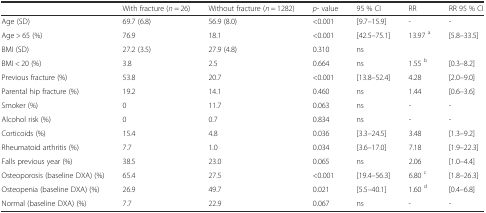
<table><thead><tr><td></td><td><b>With fracture (<i>n</i> = 26)</b></td><td><b>Without fracture (<i>n</i> = 1282)</b></td><td><b><i>p</i>- value</b></td><td><b>95 % CI</b></td><td><b>RR</b></td><td><b>RR 95 % CI</b></td></tr></thead><tbody><tr><td>Age (SD)</td><td>69.7 (6.8)</td><td>56.9 (8.0)</td><td>&lt;0.001</td><td>[9.7–15.9]</td><td>-</td><td>-</td></tr><tr><td>Age &gt; 65 (%)</td><td>76.9</td><td>18.1</td><td>&lt;0.001</td><td>[42.5–75.1]</td><td>13.97 <sup>a</sup></td><td>[5.8–33.5]</td></tr><tr><td>BMI (SD)</td><td>27.2 (3.5)</td><td>27.9 (4.8)</td><td>0.310</td><td>ns</td><td></td><td></td></tr><tr><td>BMI &lt; 20 (%)</td><td>3.8</td><td>2.5</td><td>0.664</td><td>ns</td><td>1.55 <sup>b</sup></td><td>[0.3–8.2]</td></tr><tr><td>Previous fracture (%)</td><td>53.8</td><td>20.7</td><td>&lt;0.001</td><td>[13.8–52.4]</td><td>4.28</td><td>[2.0–9.0]</td></tr><tr><td>Parental hip fracture (%)</td><td>19.2</td><td>14.1</td><td>0.460</td><td>ns</td><td>1.44</td><td>[0.6–3.6]</td></tr><tr><td>Smoker (%)</td><td>0</td><td>11.7</td><td>0.063</td><td>ns</td><td>-</td><td>-</td></tr><tr><td>Alcohol risk (%)</td><td>0</td><td>0.7</td><td>0.834</td><td>ns</td><td>-</td><td>-</td></tr><tr><td>Corticoids (%)</td><td>15.4</td><td>4.8</td><td>0.036</td><td>[3.3–24.5]</td><td>3.48</td><td>[1.3–9.2]</td></tr><tr><td>Rheumatoid arthritis (%)</td><td>7.7</td><td>1.0</td><td>0.034</td><td>[3.6–17.0]</td><td>7.18</td><td>[1.9–22.3]</td></tr><tr><td>Falls previous year (%)</td><td>38.5</td><td>23.0</td><td>0.065</td><td>ns</td><td>2.06</td><td>[1.0–4.4]</td></tr><tr><td>Osteoporosis (baseline DXA) (%)</td><td>65.4</td><td>27.5</td><td>&lt;0.001</td><td>[19.4–56.3]</td><td>6.80 <sup>c</sup></td><td>[1.8–26.3]</td></tr><tr><td>Osteopenia (baseline DXA) (%)</td><td>26.9</td><td>49.7</td><td>0.021</td><td>[5.5–40.1]</td><td>1.60 <sup>d</sup></td><td>[0.4–6.8]</td></tr><tr><td>Normal (baseline DXA) (%)</td><td>7.7</td><td>22.9</td><td>0.067</td><td>ns</td><td>-</td><td>-</td></tr></tbody></table>